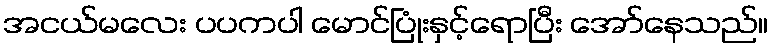
အငယ်မလေး ပပကပါ မောင်ပြုံးနှင့်ရောပြီး အော်နေသည်။